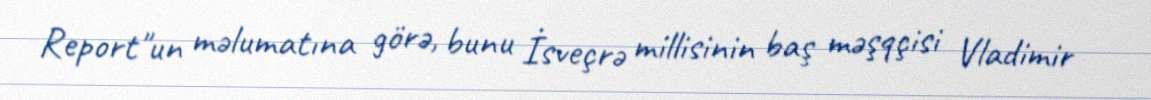
Report"un məlumatına görə, bunu İsveçrə millisinin baş məşqçisi Vladimir